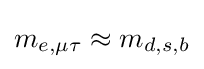
m_{e,\mu \tau }\approx m_{d,s,b}